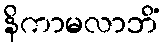
နိကာမလာဘိံ